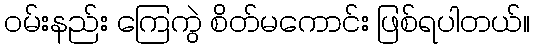
ဝမ်းနည်း ကြေကွဲ စိတ်မကောင်း ဖြစ်ရပါတယ်။